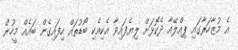
އެ މުޒާހަރާގައި ޕިއްލޭއާ ދެކޮޅަށް ލިޔެފައިވާ އެކިއެކި ބޯޑުތައް ހިފައިގެން ބައެއް މީހުން